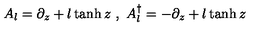
A _ { l } = \partial _ { z } + l \tanh z \textrm { } , \textrm { } A _ { l } ^ { \dagger } = - \partial _ { z } + l \tanh z